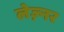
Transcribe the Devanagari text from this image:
लेज़्नर